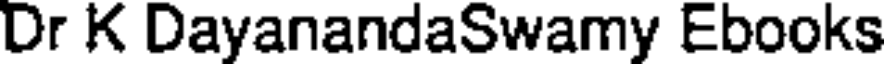
Dr K DayanandaSwamy Ebooks